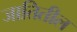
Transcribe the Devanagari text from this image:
जातितील